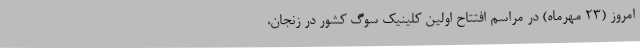
امروز (23 مهرماه) در مراسم افتتاح اولین کلینیک سوگ کشور در زنجان،